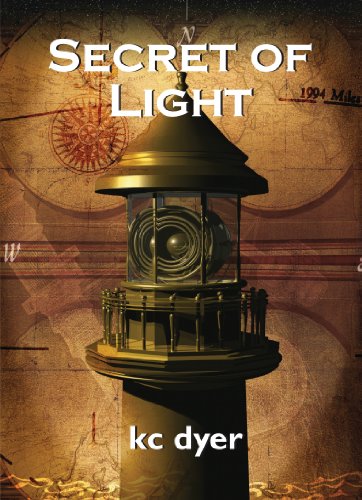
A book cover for Secret of Light: An Eagle Glen Trilogy Book; kc dyer; Teen & Young Adult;